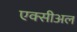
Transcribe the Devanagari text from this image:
एक्सीअल